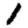
Digit: 1